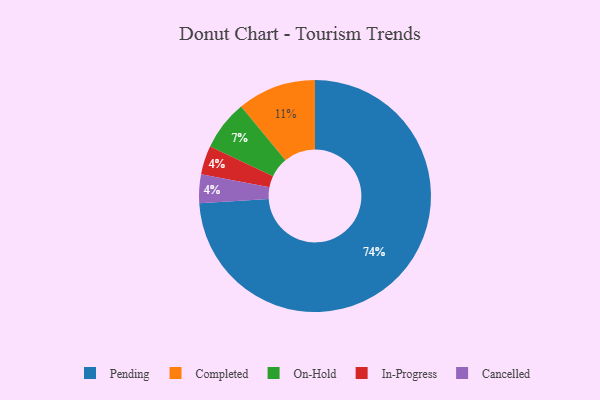
{"axis": {"x": "Category", "y": "Percentage"}, "legend": ["Cancelled", "Completed", "In-Progress", "On-Hold", "Pending"], "data": [{"x": "Completed", "y": 11, "type": "Completed"}, {"x": "In-Progress", "y": 4, "type": "In-Progress"}, {"x": "Cancelled", "y": 4, "type": "Cancelled"}, {"x": "On-Hold", "y": 7, "type": "On-Hold"}, {"x": "Pending", "y": 74, "type": "Pending"}]}